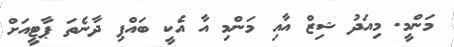
މަންމީ. މިއަދު ޝިޒް އާއި މަންމި އާ އެކީ ބައްޕި ދާނެތަ ޕާޓީއަށް